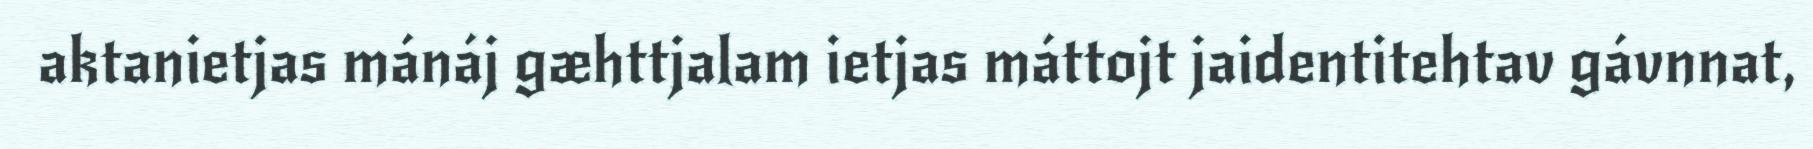
aktanietjas mánáj gæhttjalam ietjas máttojt jaidentitehtav gávnnat,